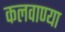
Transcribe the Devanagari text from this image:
कलवाण्या